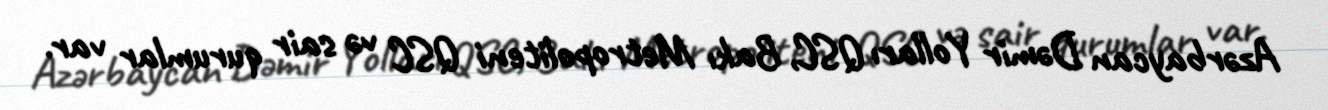
Azərbaycan Dəmir Yolları QSC, Bakı Metropoliteni QSC və sair qurumlar var.